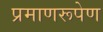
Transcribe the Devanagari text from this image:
प्रमाणरूपेण